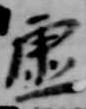
虚